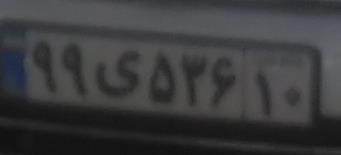
۹۹ی۵۳۶۱۰